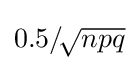
\textstyle {0.5}/\!{\sqrt {npq}}